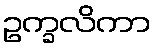
ဥက္ခလိကာ